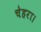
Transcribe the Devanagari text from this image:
चेहरा।